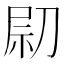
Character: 𠝋